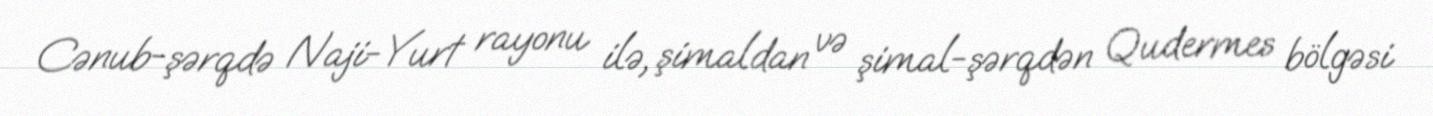
Cənub-şərqdə Naji-Yurt rayonu ilə, şimaldan və şimal-şərqdən Qudermes bölgəsi